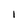
Character: 1